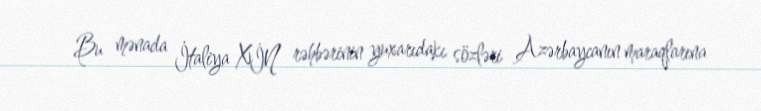
Bu mənada İtaliya XİN rəhbərinin yuxarıdakı sözləri Azərbaycanın maraqlarına